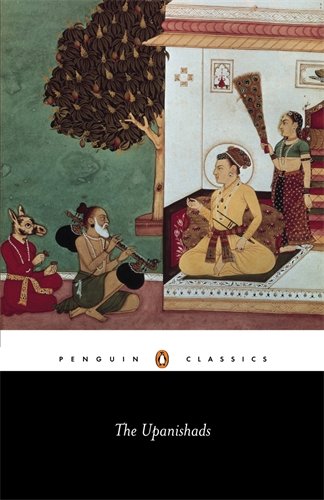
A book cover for The Upanishads (Penguin Classics); Anonymous; Politics & Social Sciences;